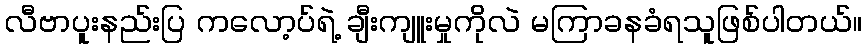
လီဗာပူးနည်းပြ ကလော့ပ်ရဲ့ ချီးကျူးမှုကိုလဲ မကြာခနခံရသူဖြစ်ပါတယ်။